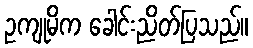
ဥကျုမိက ခေါင်းညိတ်ပြသည်။